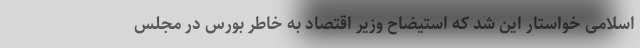
اسلامی خواستار این شد که استیضاح وزیر اقتصاد به خاطر بورس در مجلس